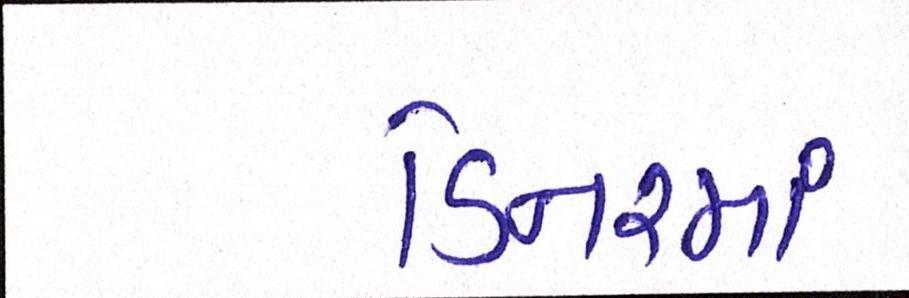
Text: ડિનરમાં